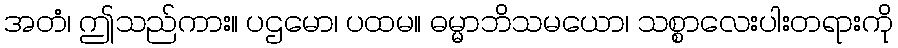
အတံ၊ ဤသည်ကား။ ပဌမော၊ ပထမ။ ဓမ္မာဘိသမယော၊ သစ္စာလေးပါးတရားကို